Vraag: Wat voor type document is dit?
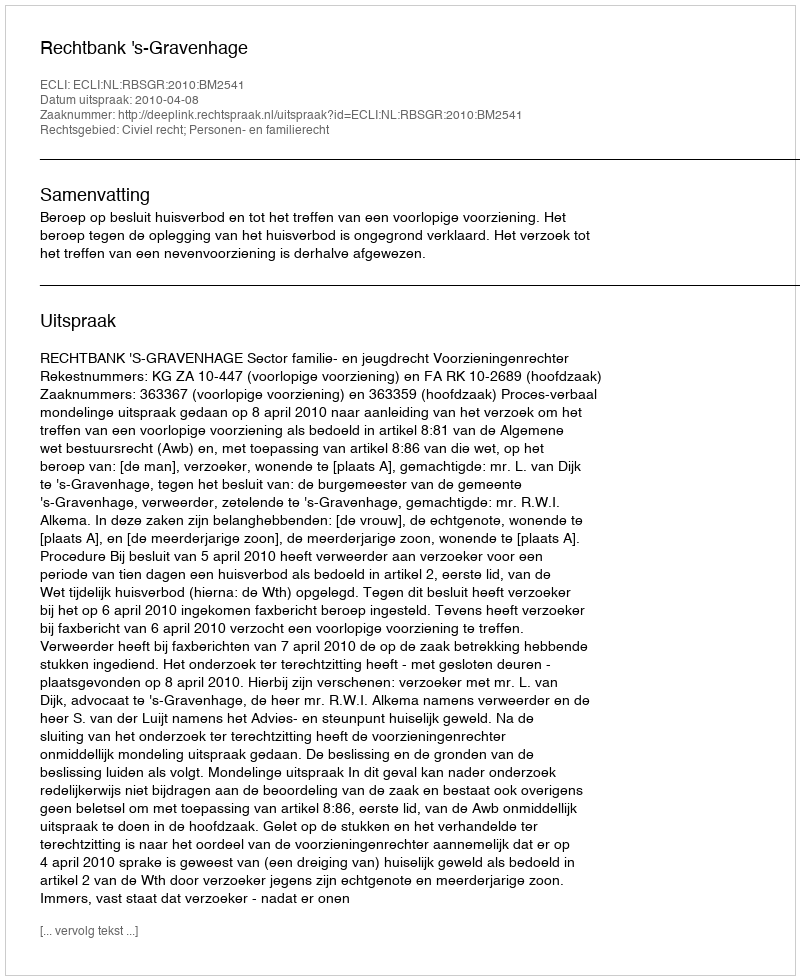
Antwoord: Uitspraak